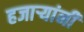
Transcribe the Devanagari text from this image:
हजार्‍यांनी